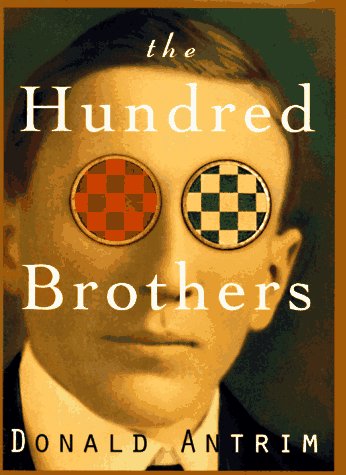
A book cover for The Hundred Brothers; Donald Antrim; Literature & Fiction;